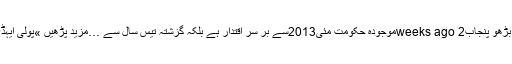
بنام پڑھو پنجاب بڑھو پنجاب2 weeks agoموجودہ حکومت مئی2013سے بر سر اقتدار ہے بلکہ گزشتہ تیس سال سے …مزید پڑھیں »پولی ایہڈی وی پولی نہیں۔